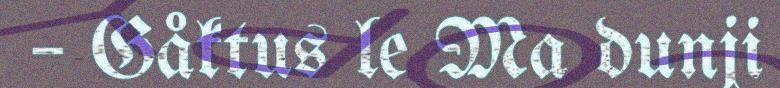
– Gåktus le Ma dunji